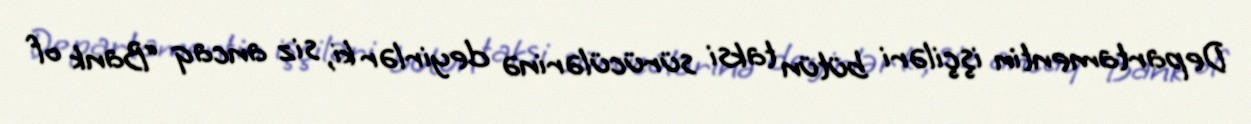
Departamentin işçiləri bütün taksi sürücülərinə deyirlər ki, siz ancaq “Bank of